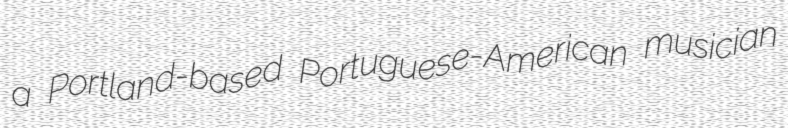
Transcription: a Portland-based Portuguese-American musician